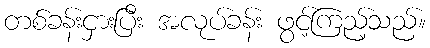
တစ်ခန်းငှားပြီး အလုပ်ခန်း ဖွင့်ကြည့်သည်။